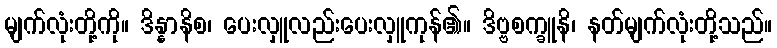
မျက်လုံးတို့ကို။ ဒိန္နာနိစ၊ ပေးလှူလည်းပေးလှူကုန်၏။ ဒိဗ္ဗစက္ခူနိ၊ နတ်မျက်လုံးတို့သည်။